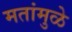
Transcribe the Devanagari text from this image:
मतांमुळे